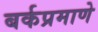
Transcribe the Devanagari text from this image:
बर्कप्रमाणे